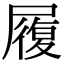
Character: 履